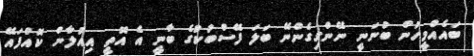
ބައެއްމީހުން ބުނަނީ ނޭންގިގެންނޭ ބަލަ ފޭސްބުކުގެ ބާނީ އެ އޮތީ އިއުލާން ކޮއްފައޭ